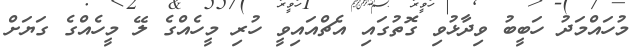
މުހައްމަދު ހަބީބު ވިދާޅުވި ގޮތުގައި އެޗްއައިވީ ހުރި މީހެއްގެ ލޭ މީހެއްގެ ގަޔަށް